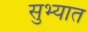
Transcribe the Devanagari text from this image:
सुभ्यात